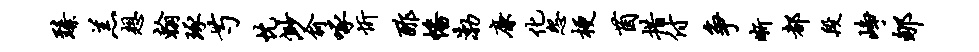
臻羔想翰琢芍忱渺俞啄忻酢幡渤廉化怨梗茵措付争晰都段峥郇